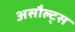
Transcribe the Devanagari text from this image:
असौल्ट्स